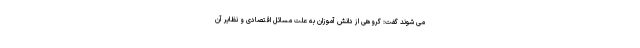
می شوند گفت: گروهی از دانش آموزان به علت مسائل اقتصادی و نظایر آن